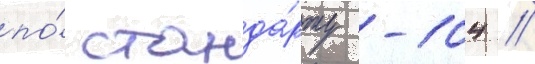
по́ станда́рту -104 //